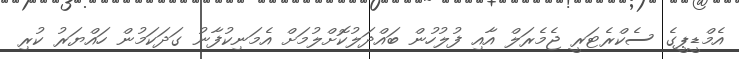
އެމްޑީޕީގެ ސެކްރެޓަރީ ޖެމެރަލް އާއި ފުލުހުން ބައްދަލުކޮށްލުމަށް އެމަނިކުފާނު ގަދަކަމުން ހައްޔަރު ކުރި